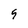
Character: 5